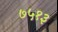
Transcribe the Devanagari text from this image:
७५१३